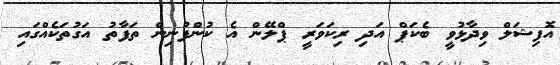
އޮފިޝަލް ވިދާޅުވީ ބެކަޕް އަދި ރިކަވަރީ ޕްލޭން އެ ކުންފުނިން ތަފާތު އަގުތަކެއްގައި